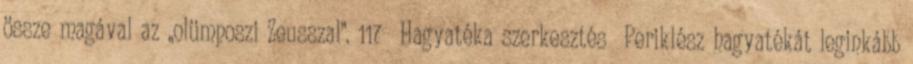
össze magával az „olümposzi Zeusszal”. 117 Hagyatéka szerkesztés Periklész hagyatékát leginkább